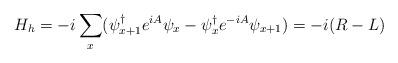
LaTeX: \begin{align*}H_{h}=-i\sum_{x}(\psi_{x+1}^{\dag}e^{iA}\psi_{x}-\psi_{x}^{\dag}e^{-iA}\psi_{x+1})=-i(R-L)\end{align*}